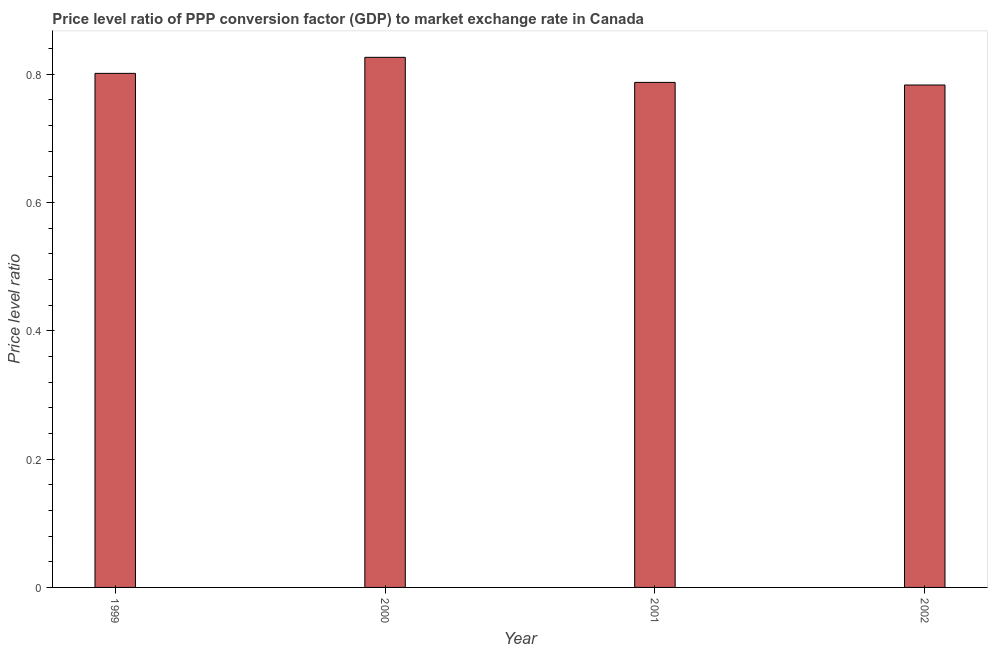
| Year | Price level ratio |
 | --- | --- |
 | 1999 | 0.802 |
 | 2000 | 0.827 |
 | 2001 | 0.787 |
 | 2002 | 0.783 |